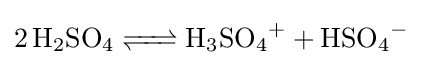
{\ce {2 H2SO4 <=> H3SO4+ + HSO4-}}